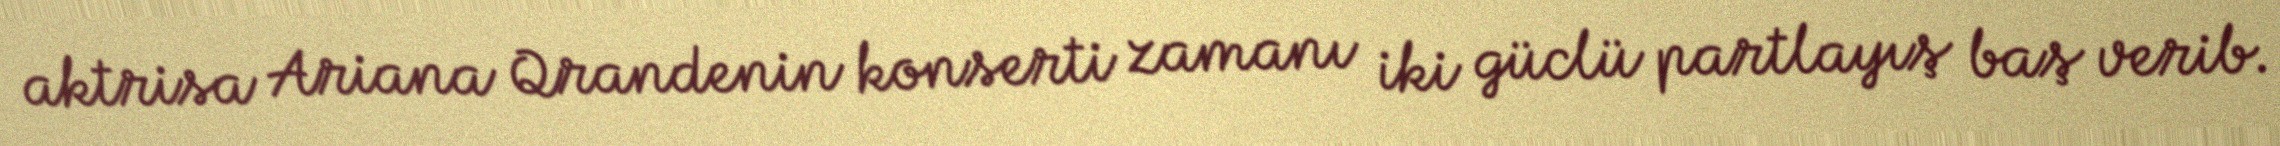
aktrisa Ariana Qrandenin konserti zamanı iki güclü partlayış baş verib.